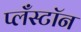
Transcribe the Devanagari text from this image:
प्लँस्टॉन